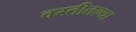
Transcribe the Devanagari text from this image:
वस्तीतल्या